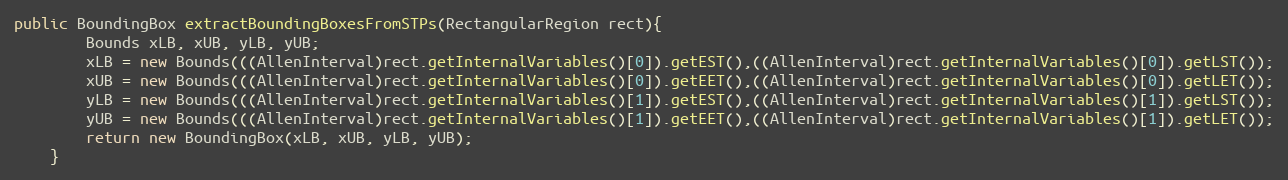
Language: Java
public BoundingBox extractBoundingBoxesFromSTPs(RectangularRegion rect){
		Bounds xLB, xUB, yLB, yUB;
		xLB = new Bounds(((AllenInterval)rect.getInternalVariables()[0]).getEST(),((AllenInterval)rect.getInternalVariables()[0]).getLST());
		xUB = new Bounds(((AllenInterval)rect.getInternalVariables()[0]).getEET(),((AllenInterval)rect.getInternalVariables()[0]).getLET());
		yLB = new Bounds(((AllenInterval)rect.getInternalVariables()[1]).getEST(),((AllenInterval)rect.getInternalVariables()[1]).getLST());
		yUB = new Bounds(((AllenInterval)rect.getInternalVariables()[1]).getEET(),((AllenInterval)rect.getInternalVariables()[1]).getLET());
		return new BoundingBox(xLB, xUB, yLB, yUB);
	}